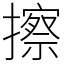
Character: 擦